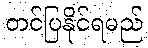
တင်ပြနိုင်ရမည်